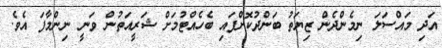
އަދި މައްސަލަ ނިމެންދެން ޒިޔަތު ބަންދުކޮށްފައި ބެހެއްޓުމަށް ޝަރީއަތުން ވަނީ ނިންމާފަ އެވެ.